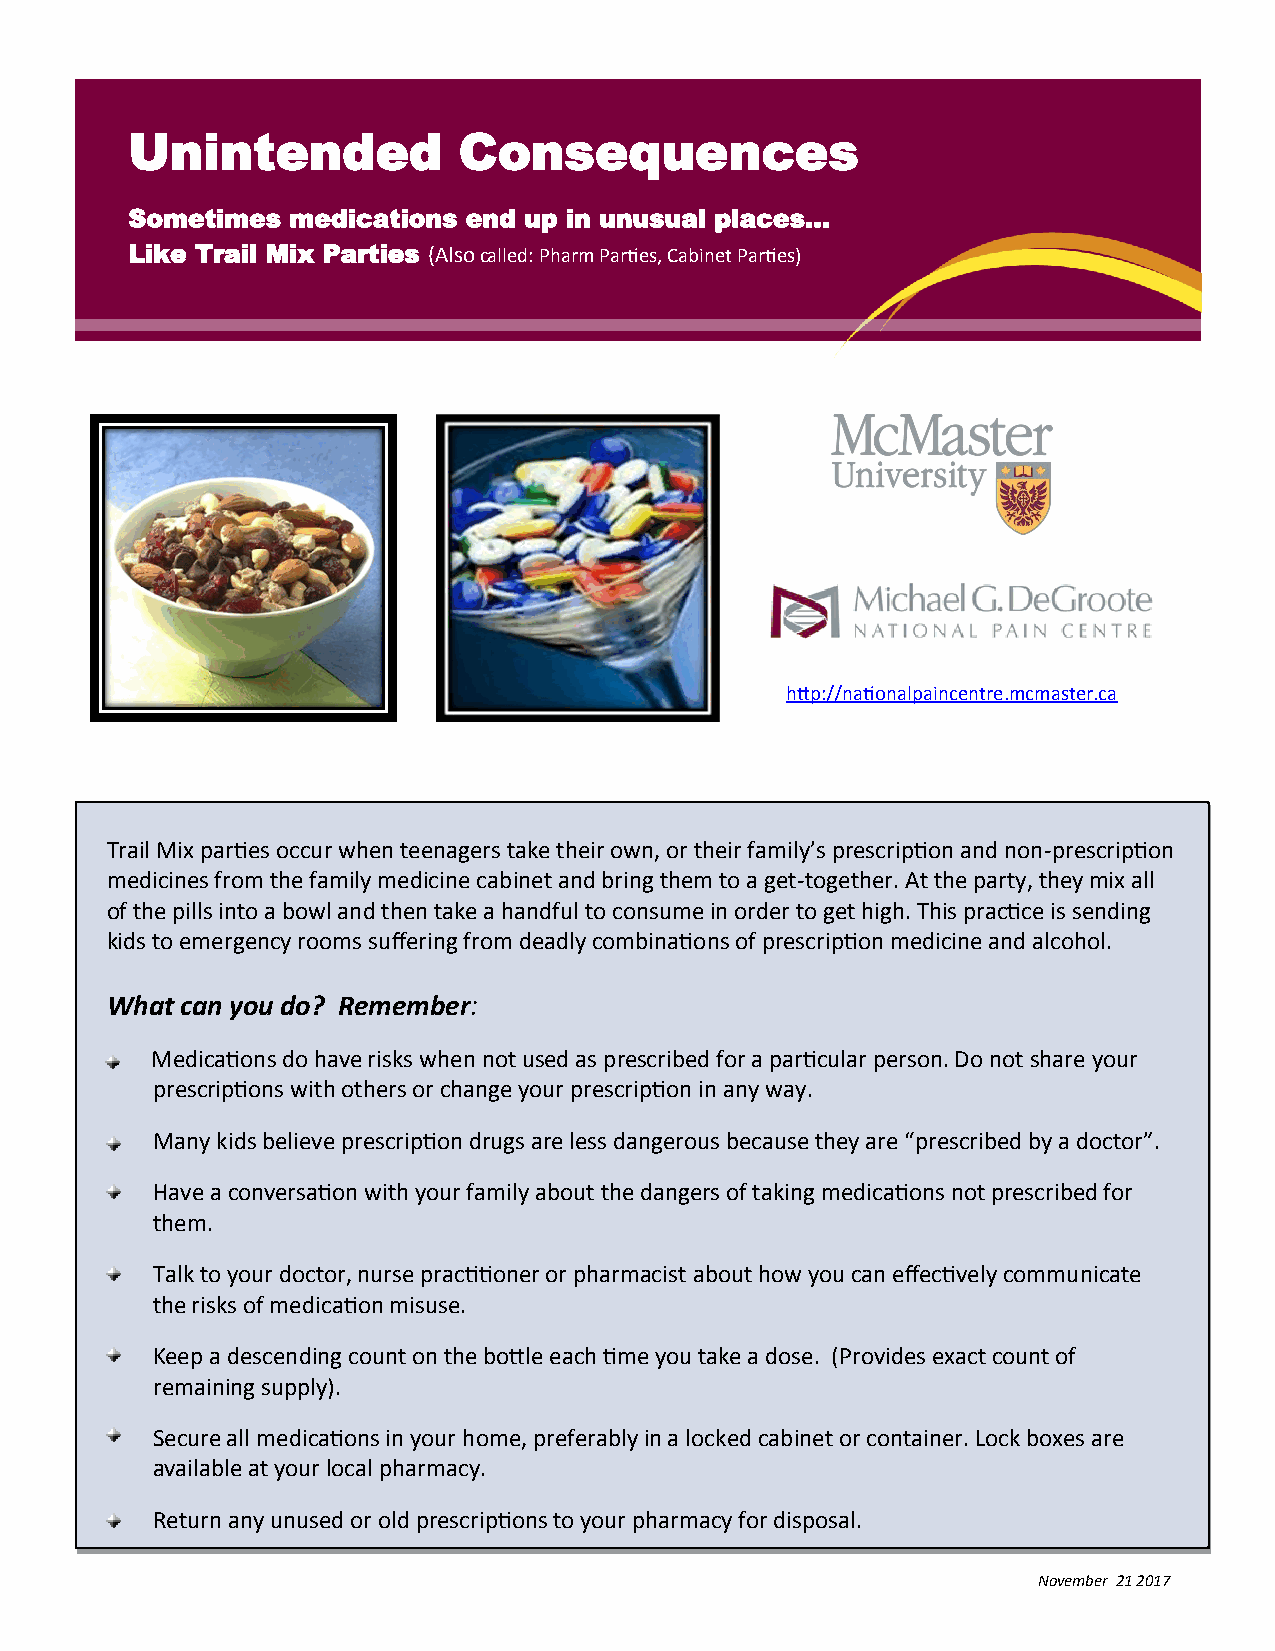
Unintended            Consequences
 Sometimes  medications end up in unusual places…
 Like Trail Mix Parties (Also called: Pharm Parties, Cabinet Parties)
 http://nationalpaincentre.mcmaster.ca
 Trail Mix parties occur when teenagers take their own, or their family’s prescription and non-prescription
 medicines from the family medicine cabinet and bring them to a get-together. At the party, they mix all
 of the pills into a bowl and then take a handful to consume in order to get high. This practice is sending
 kids to emergency rooms suffering from deadly combinations of prescription medicine and alcohol.
 What can you do? Remember:
 Medications do have risks when not used as prescribed for a particular person. Do not share your
 prescriptions with others or change your prescription in any way.
 Many kids believe prescription drugs are less dangerous because they are “prescribed by a doctor”.
 Have a conversation with your family about the dangers of taking medications not prescribed for
 them.
 Talk to your doctor, nurse practitioner or pharmacist about how you can effectively communicate
 the risks of medication misuse.
 Keep a descending count on the bottle each time you take a dose. (Provides exact count of
 remaining supply).
 Secure all medications in your home, preferably in a locked cabinet or container. Lock boxes are
 available at your local pharmacy.
 Return any unused or old prescriptions to your pharmacy for disposal.
 November 21 2017